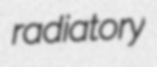
radiatory